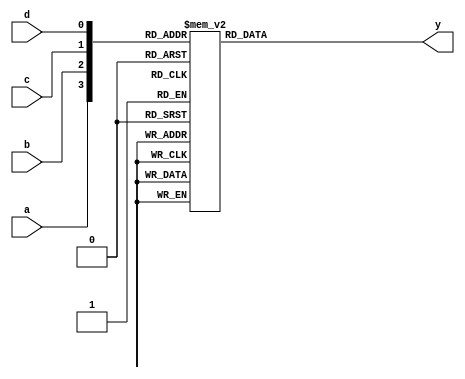
module ap_com_4_index_0(
	input wire a,
	input wire b,
	input wire c,
	input wire d,
	output reg y
);

always @(*) begin
	case({a, b, c, d})
		4'b0000: y = 0;
		4'b0001: y = 0;
		4'b0010: y = 1;
		4'b0011: y = 0;
		4'b0100: y = 1;
		4'b0101: y = 1;
		4'b0110: y = 0;
		4'b0111: y = 1;
		4'b1000: y = 1;
		4'b1001: y = 1;
		4'b1010: y = 0;
		4'b1011: y = 1;
		4'b1100: y = 1;
		4'b1101: y = 1;
		4'b1110: y = 0;
		4'b1111: y = 1;
		default:;
	endcase
end

endmodule


module ap_com_4_index_1(
	input wire a,
	input wire b,
	input wire c,
	input wire d,
	output reg y
);

always @(*) begin
	case({a, b, c, d})
		4'b0000: y = 0;
		4'b0001: y = 1;
		4'b0010: y = 0;
		4'b0011: y = 1;
		4'b0100: y = 0;
		4'b0101: y = 1;
		4'b0110: y = 0;
		4'b0111: y = 0;
		4'b1000: y = 0;
		4'b1001: y = 1;
		4'b1010: y = 0;
		4'b1011: y = 1;
		4'b1100: y = 0;
		4'b1101: y = 1;
		4'b1110: y = 0;
		4'b1111: y = 1;
		default:;
	endcase
end

endmodule


module ap_com_2_index_2(
	input wire a,
	input wire b,
	output reg y
);

always @(*) begin
	case({a, b})
		2'b00: y = 1;
		2'b01: y = 1;
		2'b10: y = 1;
		2'b11: y = 1;
		default:;
	endcase
end

endmodule


module ap_com_3_index_3(
	input wire a,
	input wire b,
	input wire c,
	output reg y
);

always @(*) begin
	case({a, b, c})
		3'b000: y = 1;
		3'b001: y = 1;
		3'b010: y = 1;
		3'b011: y = 0;
		3'b100: y = 1;
		3'b101: y = 1;
		3'b110: y = 1;
		3'b111: y = 0;
		default:;
	endcase
end

endmodule


module ap_com_4_index_4(
	input wire a,
	input wire b,
	input wire c,
	input wire d,
	output reg y
);

always @(*) begin
	case({a, b, c, d})
		4'b0000: y = 1;
		4'b0001: y = 1;
		4'b0010: y = 1;
		4'b0011: y = 0;
		4'b0100: y = 0;
		4'b0101: y = 0;
		4'b0110: y = 1;
		4'b0111: y = 1;
		4'b1000: y = 1;
		4'b1001: y = 1;
		4'b1010: y = 1;
		4'b1011: y = 1;
		4'b1100: y = 0;
		4'b1101: y = 1;
		4'b1110: y = 0;
		4'b1111: y = 1;
		default:;
	endcase
end

endmodule


module ap_com_4_index_5(
	input wire a,
	input wire b,
	input wire c,
	input wire d,
	output reg y
);

always @(*) begin
	case({a, b, c, d})
		4'b0000: y = 1;
		4'b0001: y = 1;
		4'b0010: y = 1;
		4'b0011: y = 1;
		4'b0100: y = 1;
		4'b0101: y = 1;
		4'b0110: y = 1;
		4'b0111: y = 1;
		4'b1000: y = 0;
		4'b1001: y = 1;
		4'b1010: y = 1;
		4'b1011: y = 1;
		4'b1100: y = 0;
		4'b1101: y = 0;
		4'b1110: y = 0;
		4'b1111: y = 0;
		default:;
	endcase
end

endmodule


module ap_com_2_index_6(
	input wire a,
	input wire b,
	output reg y
);

always @(*) begin
	case({a, b})
		2'b00: y = 0;
		2'b01: y = 0;
		2'b10: y = 1;
		2'b11: y = 0;
		default:;
	endcase
end

endmodule


module ap_com_4_index_7(
	input wire a,
	input wire b,
	input wire c,
	input wire d,
	output reg y
);

always @(*) begin
	case({a, b, c, d})
		4'b0000: y = 1;
		4'b0001: y = 1;
		4'b0010: y = 1;
		4'b0011: y = 0;
		4'b0100: y = 1;
		4'b0101: y = 1;
		4'b0110: y = 0;
		4'b0111: y = 0;
		4'b1000: y = 0;
		4'b1001: y = 0;
		4'b1010: y = 0;
		4'b1011: y = 0;
		4'b1100: y = 0;
		4'b1101: y = 0;
		4'b1110: y = 0;
		4'b1111: y = 0;
		default:;
	endcase
end

endmodule


module ap_com_4_index_8(
	input wire a,
	input wire b,
	input wire c,
	input wire d,
	output reg y
);

always @(*) begin
	case({a, b, c, d})
		4'b0000: y = 0;
		4'b0001: y = 1;
		4'b0010: y = 1;
		4'b0011: y = 1;
		4'b0100: y = 0;
		4'b0101: y = 1;
		4'b0110: y = 0;
		4'b0111: y = 1;
		4'b1000: y = 0;
		4'b1001: y = 1;
		4'b1010: y = 0;
		4'b1011: y = 1;
		4'b1100: y = 0;
		4'b1101: y = 1;
		4'b1110: y = 0;
		4'b1111: y = 1;
		default:;
	endcase
end

endmodule


module ap_com_4_index_9(
	input wire a,
	input wire b,
	input wire c,
	input wire d,
	output reg y
);

always @(*) begin
	case({a, b, c, d})
		4'b0000: y = 0;
		4'b0001: y = 1;
		4'b0010: y = 0;
		4'b0011: y = 0;
		4'b0100: y = 0;
		4'b0101: y = 1;
		4'b0110: y = 0;
		4'b0111: y = 0;
		4'b1000: y = 1;
		4'b1001: y = 1;
		4'b1010: y = 1;
		4'b1011: y = 1;
		4'b1100: y = 0;
		4'b1101: y = 0;
		4'b1110: y = 0;
		4'b1111: y = 0;
		default:;
	endcase
end

endmodule


module ap_com_4_index_10(
	input wire a,
	input wire b,
	input wire c,
	input wire d,
	output reg y
);

always @(*) begin
	case({a, b, c, d})
		4'b0000: y = 1;
		4'b0001: y = 1;
		4'b0010: y = 1;
		4'b0011: y = 1;
		4'b0100: y = 1;
		4'b0101: y = 0;
		4'b0110: y = 1;
		4'b0111: y = 1;
		4'b1000: y = 1;
		4'b1001: y = 1;
		4'b1010: y = 1;
		4'b1011: y = 1;
		4'b1100: y = 0;
		4'b1101: y = 0;
		4'b1110: y = 0;
		4'b1111: y = 1;
		default:;
	endcase
end

endmodule


module ap_com_4_index_11(
	input wire a,
	input wire b,
	input wire c,
	input wire d,
	output reg y
);

always @(*) begin
	case({a, b, c, d})
		4'b0000: y = 1;
		4'b0001: y = 0;
		4'b0010: y = 0;
		4'b0011: y = 1;
		4'b0100: y = 0;
		4'b0101: y = 1;
		4'b0110: y = 0;
		4'b0111: y = 1;
		4'b1000: y = 1;
		4'b1001: y = 1;
		4'b1010: y = 0;
		4'b1011: y = 0;
		4'b1100: y = 1;
		4'b1101: y = 1;
		4'b1110: y = 1;
		4'b1111: y = 1;
		default:;
	endcase
end

endmodule


module ap_com_3_index_12(
	input wire a,
	input wire b,
	input wire c,
	output reg y
);

always @(*) begin
	case({a, b, c})
		3'b000: y = 1;
		3'b001: y = 0;
		3'b010: y = 0;
		3'b011: y = 0;
		3'b100: y = 1;
		3'b101: y = 0;
		3'b110: y = 0;
		3'b111: y = 0;
		default:;
	endcase
end

endmodule


module ap_com_4_index_13(
	input wire a,
	input wire b,
	input wire c,
	input wire d,
	output reg y
);

always @(*) begin
	case({a, b, c, d})
		4'b0000: y = 1;
		4'b0001: y = 0;
		4'b0010: y = 1;
		4'b0011: y = 0;
		4'b0100: y = 0;
		4'b0101: y = 0;
		4'b0110: y = 1;
		4'b0111: y = 0;
		4'b1000: y = 0;
		4'b1001: y = 1;
		4'b1010: y = 0;
		4'b1011: y = 0;
		4'b1100: y = 0;
		4'b1101: y = 1;
		4'b1110: y = 1;
		4'b1111: y = 0;
		default:;
	endcase
end

endmodule


module ap_com_2_index_14(
	input wire a,
	input wire b,
	output reg y
);

always @(*) begin
	case({a, b})
		2'b00: y = 1;
		2'b01: y = 1;
		2'b10: y = 1;
		2'b11: y = 1;
		default:;
	endcase
end

endmodule


module ap_com_4_index_15(
	input wire a,
	input wire b,
	input wire c,
	input wire d,
	output reg y
);

always @(*) begin
	case({a, b, c, d})
		4'b0000: y = 0;
		4'b0001: y = 1;
		4'b0010: y = 1;
		4'b0011: y = 1;
		4'b0100: y = 0;
		4'b0101: y = 1;
		4'b0110: y = 1;
		4'b0111: y = 1;
		4'b1000: y = 0;
		4'b1001: y = 1;
		4'b1010: y = 0;
		4'b1011: y = 0;
		4'b1100: y = 0;
		4'b1101: y = 1;
		4'b1110: y = 0;
		4'b1111: y = 1;
		default:;
	endcase
end

endmodule


module ap_com_4_index_16(
	input wire a,
	input wire b,
	input wire c,
	input wire d,
	output reg y
);

always @(*) begin
	case({a, b, c, d})
		4'b0000: y = 1;
		4'b0001: y = 0;
		4'b0010: y = 1;
		4'b0011: y = 0;
		4'b0100: y = 1;
		4'b0101: y = 1;
		4'b0110: y = 1;
		4'b0111: y = 0;
		4'b1000: y = 0;
		4'b1001: y = 1;
		4'b1010: y = 0;
		4'b1011: y = 0;
		4'b1100: y = 0;
		4'b1101: y = 1;
		4'b1110: y = 1;
		4'b1111: y = 1;
		default:;
	endcase
end

endmodule


module ap_com_3_index_17(
	input wire a,
	input wire b,
	input wire c,
	output reg y
);

always @(*) begin
	case({a, b, c})
		3'b000: y = 1;
		3'b001: y = 0;
		3'b010: y = 0;
		3'b011: y = 0;
		3'b100: y = 1;
		3'b101: y = 1;
		3'b110: y = 0;
		3'b111: y = 1;
		default:;
	endcase
end

endmodule


module ap_com_2_index_18(
	input wire a,
	input wire b,
	output reg y
);

always @(*) begin
	case({a, b})
		2'b00: y = 1;
		2'b01: y = 1;
		2'b10: y = 1;
		2'b11: y = 1;
		default:;
	endcase
end

endmodule


module ap_com_3_index_19(
	input wire a,
	input wire b,
	input wire c,
	output reg y
);

always @(*) begin
	case({a, b, c})
		3'b000: y = 0;
		3'b001: y = 0;
		3'b010: y = 0;
		3'b011: y = 0;
		3'b100: y = 1;
		3'b101: y = 1;
		3'b110: y = 1;
		3'b111: y = 1;
		default:;
	endcase
end

endmodule


module ap_com_3_index_20(
	input wire a,
	input wire b,
	input wire c,
	output reg y
);

always @(*) begin
	case({a, b, c})
		3'b000: y = 0;
		3'b001: y = 0;
		3'b010: y = 0;
		3'b011: y = 0;
		3'b100: y = 1;
		3'b101: y = 1;
		3'b110: y = 1;
		3'b111: y = 1;
		default:;
	endcase
end

endmodule


module ap_com_2_index_21(
	input wire a,
	input wire b,
	output reg y
);

always @(*) begin
	case({a, b})
		2'b00: y = 1;
		2'b01: y = 0;
		2'b10: y = 1;
		2'b11: y = 1;
		default:;
	endcase
end

endmodule


module ap_com_2_index_22(
	input wire a,
	input wire b,
	output reg y
);

always @(*) begin
	case({a, b})
		2'b00: y = 1;
		2'b01: y = 1;
		2'b10: y = 0;
		2'b11: y = 0;
		default:;
	endcase
end

endmodule


module ap_com_2_index_23(
	input wire a,
	input wire b,
	output reg y
);

always @(*) begin
	case({a, b})
		2'b00: y = 1;
		2'b01: y = 1;
		2'b10: y = 0;
		2'b11: y = 1;
		default:;
	endcase
end

endmodule


module ap_com_2_index_24(
	input wire a,
	input wire b,
	output reg y
);

always @(*) begin
	case({a, b})
		2'b00: y = 0;
		2'b01: y = 0;
		2'b10: y = 0;
		2'b11: y = 0;
		default:;
	endcase
end

endmodule